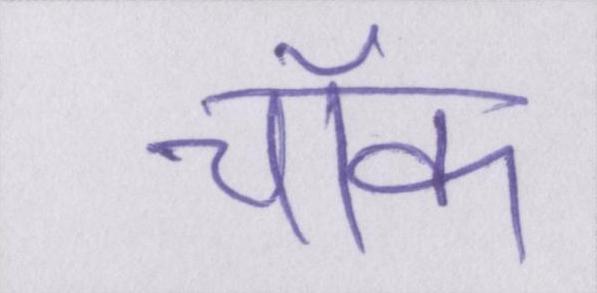
चॉक